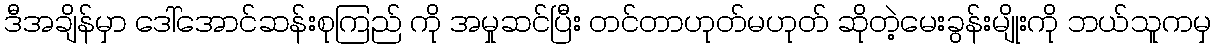
ဒီအချိန်မှာ ဒေါ်အောင်ဆန်းစုကြည် ကို အမှုဆင်ပြီး တင်တာဟုတ်မဟုတ် ဆိုတဲ့မေးခွန်းမျိုးကို ဘယ်သူကမှ